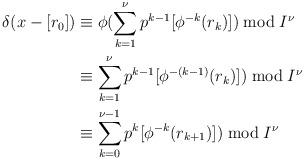
LaTeX: \begin{align*}\delta(x-[r_0])&\equiv \phi(\sum_{k=1}^\nu p^{k-1}[\phi^{-k}(r_k)]) \bmod I^\nu \\&\equiv \sum_{k=1}^\nu p^{k-1}[\phi^{-(k-1)}(r_k)]) \bmod I^\nu \\&\equiv \sum_{k=0}^{\nu-1}p^{k}[\phi^{-k}(r_{k+1})]) \bmod I^\nu\end{align*}